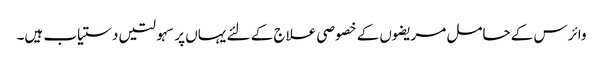
وائرس کے حامل مریضوں کے خصوصی علاج کے لئے یہاں پر سہولتیں دستیاب ہیں۔